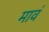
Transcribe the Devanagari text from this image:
मावं